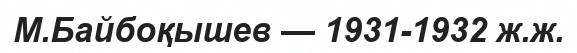
М.Байбоқышев — 1931-1932 ж.ж.